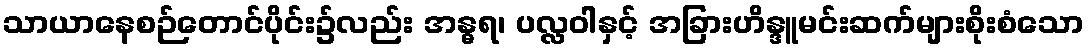
သာယာနေစဉ်တောင်ပိုင်း၌လည်း အန္ဓရ၊ ပလ္လဝါနှင့် အခြားဟိန္ဒူမင်းဆက်များစိုးစံသော